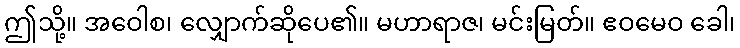
ဤသို့။ အဝေါစ၊ လျှောက်ဆိုပေ၏။ မဟာရာဇ၊ မင်းမြတ်။ ဧဝမေဝ ခေါ၊